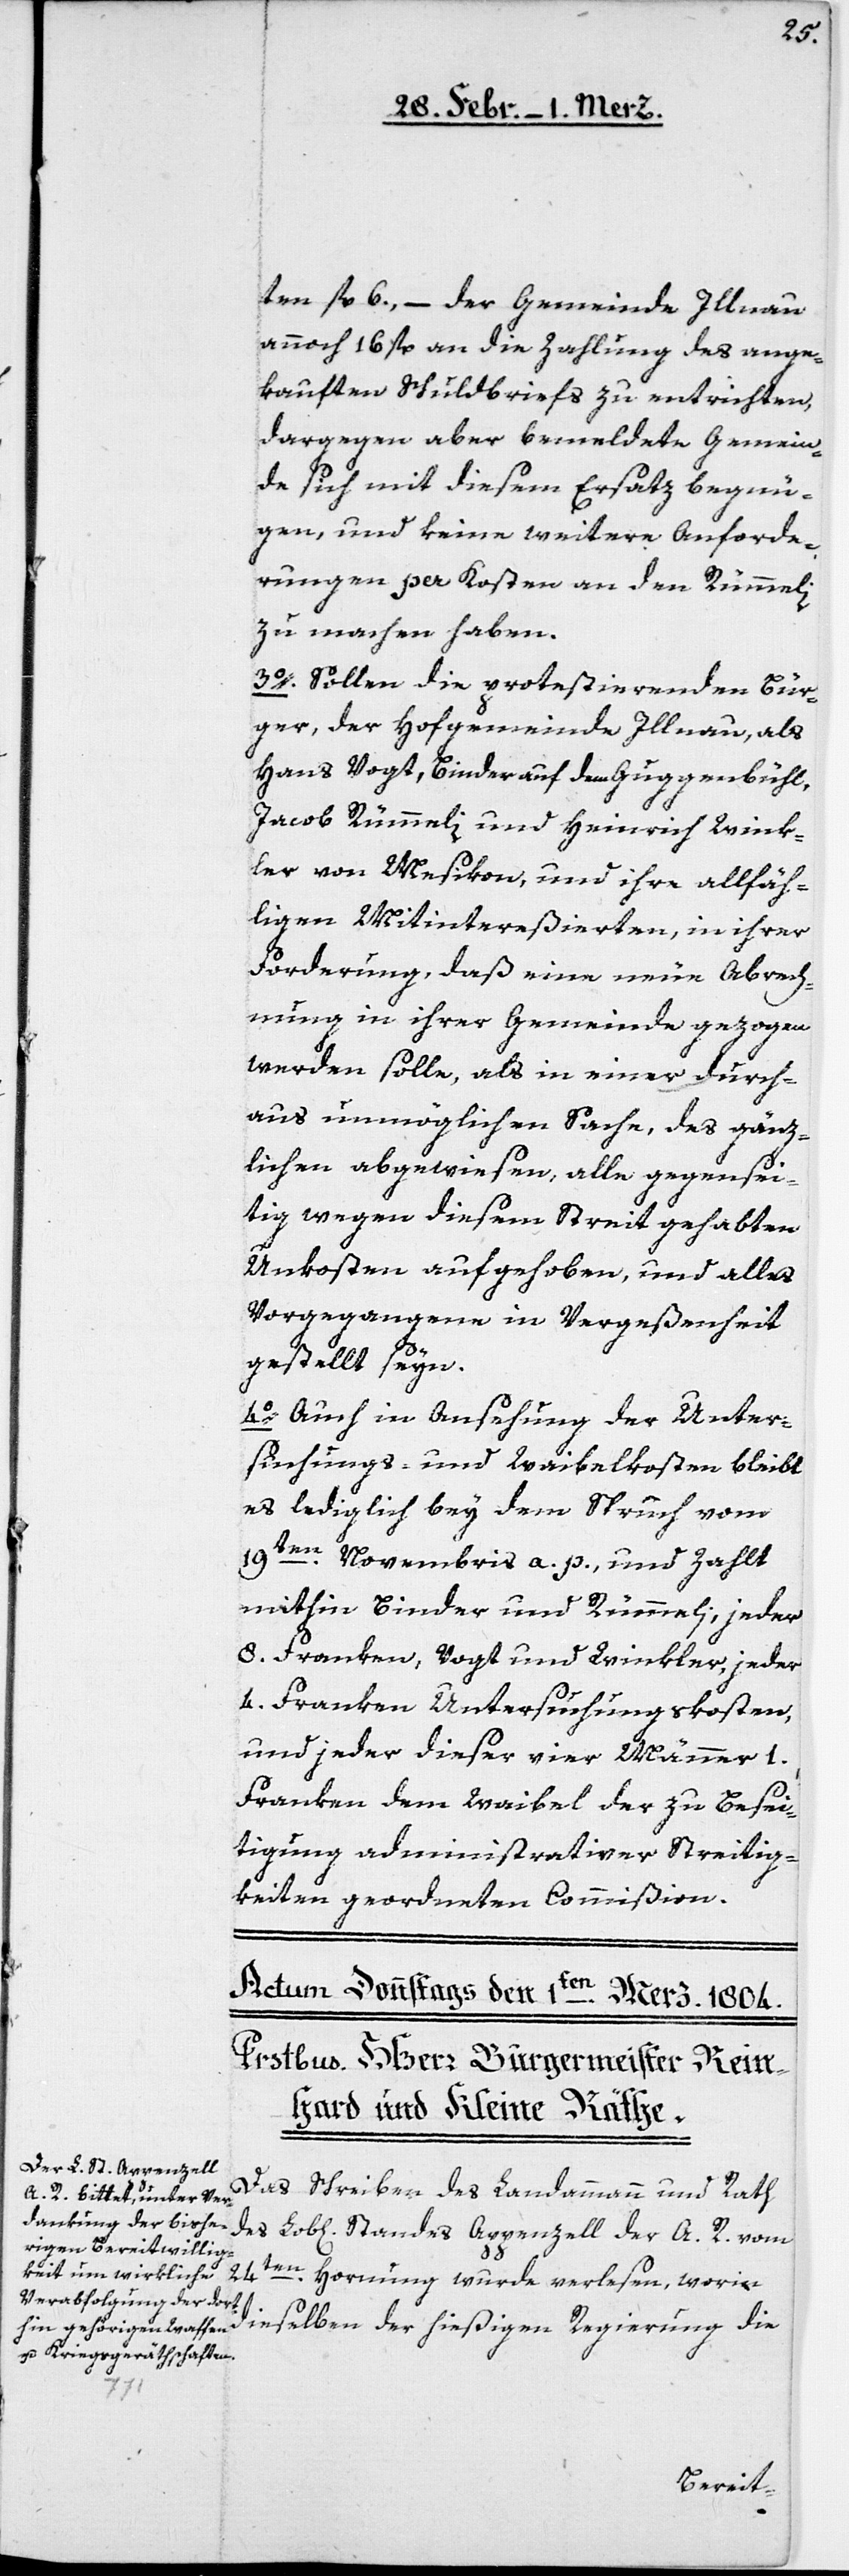
ten fl. 6., – der Gemeinde Illnau
annoch 16. fl. an die Zahlung des ange¬
kauften Schuldbriefs zu entrichten,
dargegen aber bemeldete Gemein¬
de sich mit diesem Ersatz begnü¬
gen, und keine weitere Anforde¬
rungen per Kosten an den Rümmeli
zu machen haben.
3o. Sollen die protestierenden Bür¬
ger, der Hofgemeinde Illnau, als
Hans Vogt, Binder auf dem Guggenbühl,
Jacob Rümmeli und Heinrich Wink¬
ler von Mesikon, und ihre allfäh¬
ligen Mitintereßierten, in ihrer
Forderung, daß eine neue Abrech¬
nung in ihrer Gemeinde gezogen
werden solle, als in einer durch¬
aus unmöglichen Sache, des gänz¬
lichen abgewiesen, alle gegensei¬
tig wegen diesem Streit gehabten
Unkosten aufgehoben, und alles
Vorgangene in Vergeßenheit
gestellt seyn.
4o. Auch in Ansehung der Unter¬
suchungs- und Waibelkosten bleibt
es lediglich bei dem Spruch vom
19ten Novembris a. p., und zahlt
mithin Binder und Rümmeli, jeder
8 Franken, Vogt und Winkler, jeder
4. Franken Untersuchungskosten,
und jeder dieser vier Männer 1.
Franken dem Waibel der zu Besei¬
tigung administrativer Streitig¬
keiten geordneten Commißion.
Das Schreiben des Landammanns und Rath
24ten
Hornung wurde verlesen, worin
dieselben der hießigen Regierung die
R.